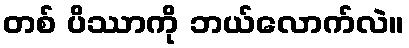
တစ် ပိဿာကို ဘယ်လောက်လဲ။